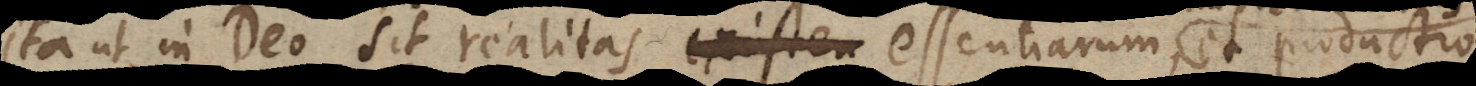
ita ut in Deo sit realitas existen, et productio